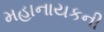
મહાનાયકની